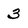
Character: 3